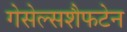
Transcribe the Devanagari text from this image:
गेसेल्सशैफटेन